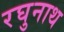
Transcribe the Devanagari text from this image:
रघुनाथ